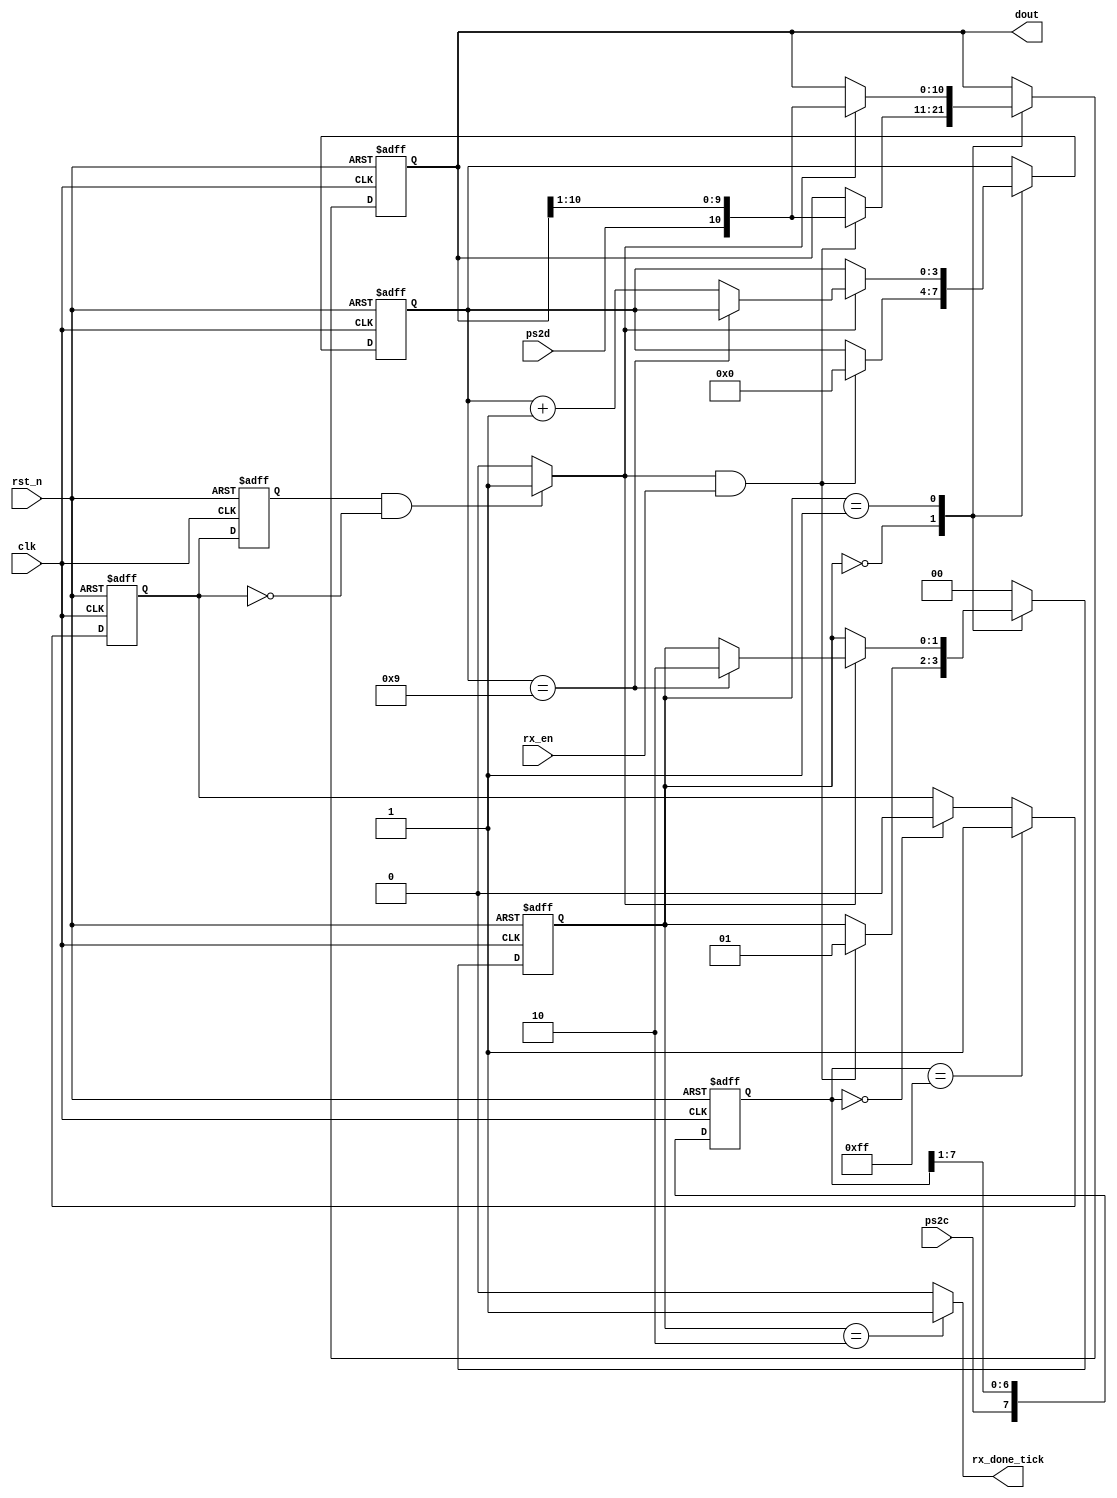
`timescale 1ns / 1ps

module ps2_rx(
	input clk,rst_n,
	input rx_en,
	input ps2d,ps2c,
	output[10:0] dout,
	output reg rx_done_tick
    );
	 //FSM state declarations
	 localparam[1:0] idle=2'd0,
							scan=2'd1,
							done=2'd2;
	 reg[1:0] state_reg,state_nxt;
	 reg[10:0] data_reg,data_nxt;
	 reg[3:0] n_reg,n_nxt;
	 reg[7:0] filter_reg,filter_nxt;
	 reg ps2c_f_reg,ps2c_f_nxt;
	 reg ps2c_reg;
	 wire ps2c_edg;
	 //FSM register operations
	 always @(posedge clk,negedge rst_n) begin
		if(!rst_n) begin
			state_reg<=0;
			data_reg<=0;
			n_reg<=0;
			filter_reg<=0;
			ps2c_f_reg<=0;
			ps2c_reg<=0;
		end
		else begin
			state_reg<=state_nxt;
			data_reg<=data_nxt;
			n_reg<=n_nxt;
			filter_reg<=filter_nxt;
			ps2c_f_reg<=ps2c_f_nxt;
			ps2c_reg<=ps2c_f_reg;
		end
	 end
	 
	 //FSM next-state logic
	 always @* begin
		state_nxt=state_reg;
		data_nxt=data_reg;
		n_nxt=n_reg;
		rx_done_tick=0;
		case(state_reg)
			   idle: if(ps2c_edg && rx_en) begin //wait for the falling edge of the start bit
							data_nxt={ps2d,data_reg[10:1]};
							n_nxt=0;
							state_nxt=scan;
						end						
			   scan: if(ps2c_edg) begin //wait to finish receiving all data bits(bit0-9,paritybit,then stopbit)
							data_nxt={ps2d,data_reg[10:1]};
							if(n_reg==9) state_nxt=done;
							else n_nxt=n_reg+1;
						end
			   done: begin //finish
							rx_done_tick=1;
							state_nxt=idle;
						end
			default: state_nxt=idle;	
		endcase
	 end
	 //ps2c filter logic. The ps2c_f_reg is the filtered output.
	 always @* begin 
		filter_nxt={ps2c,filter_reg[7:1]}; 
		if(filter_reg==8'b1111_1111) ps2c_f_nxt=1;  //Any glitches shorter than 8 turns will be ignored
		else if(filter_reg==8'b0000_0000) ps2c_f_nxt=0; 
		else ps2c_f_nxt=ps2c_f_reg;
	 end
	 //falling edge detection for ps2c_f_reg
	 assign ps2c_edg=(ps2c_reg && !ps2c_f_reg)?1:0;
	assign dout=data_reg;
endmodule